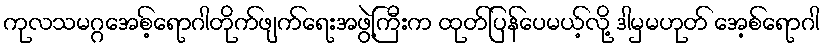
ကုလသမဂ္ဂအေစ့်ရောဂါတိုက်ဖျက်ရေးအဖွဲ့ကြီးက ထုတ်ပြန်ပေမယ့်လို့ ဒါမှမဟုတ် အေ့စ်ရောဂါ